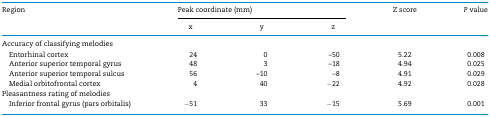
| <ROWSPAN=2> Region | <COLSPAN=3> Peak coordinate (mm) | <ROWSPAN=2> Z score | <ROWSPAN=2> P value |
 | x | y | z |
 | --- | --- | --- | --- | --- | --- |
 | <COLSPAN=6> Accuracy of classifying melodies |
 | Entorhinal cortex | 24 | 0 | –50 | 5.22 | 0.008 |
 | Anterior superior temporal gyrus | 48 | 3 | –18 | 4.94 | 0.025 |
 | Anterior superior temporal sulcus | 56 | –10 | –8 | 4.91 | 0.029 |
 | Medial orbitofrontal cortex | 4 | 40 | −22 | 4.92 | 0.028 |
 | <COLSPAN=6> Pleasantness rating of melodies |
 | Inferior frontal gyrus (pars orbitalis) | −51 | 33 | −15 | 5.69 | 0.001 |